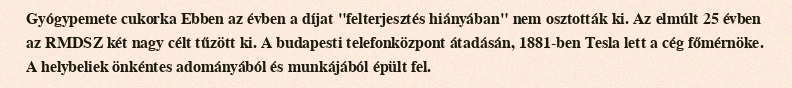
Gyógypemete cukorka Ebben az évben a díjat "felterjesztés hiányában" nem osztották ki. Az elmúlt 25 évben az RMDSZ két nagy célt tűzött ki. A budapesti telefonközpont átadásán, 1881-ben Tesla lett a cég főmérnöke. A helybeliek önkéntes adományából és munkájából épült fel.